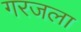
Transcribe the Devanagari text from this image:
गरजला